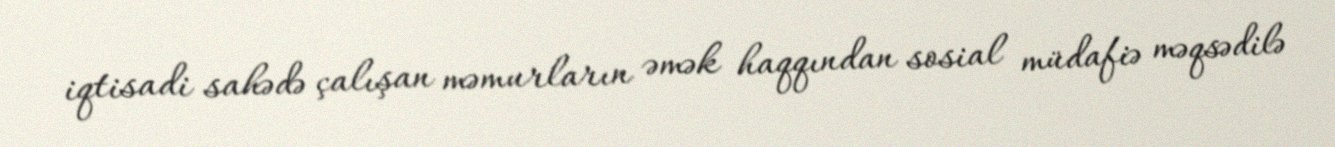
iqtisadi sahədə çalışan məmurların əmək haqqından sosial müdafiə məqsədilə